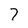
Character: 7